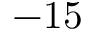
- 1 5